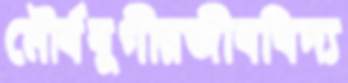
মৌর্যযুগীয়জীববিদ্য